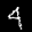
Label: 4